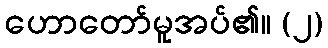
ဟောတော်မူအပ်၏။ (၂)